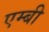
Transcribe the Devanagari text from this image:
एम्बी